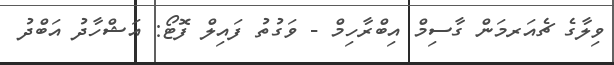
ވިލާގެ ޗެއަރމަން ގާސިމް އިބްރާހިމް - ވަގުތު ފައިލް ފޮޓޯ: އަޝްހާދު އަބްދު